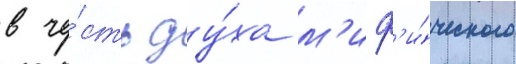
в че́сть ду́ха м'иф'и́ческого